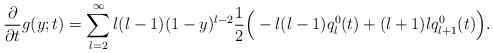
LaTeX: \begin{align*} \frac{\partial}{\partial t}g(y;t) = \sum_{l=2}^\infty l(l-1)(1-y)^{l-2}\frac{1}{2}\Big ( -l(l-1)q^0_l(t) + (l+1)lq^0_{l+1}(t)\Big ). \end{align*}